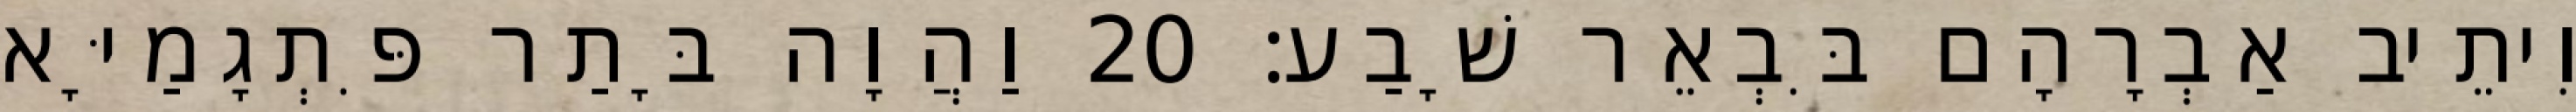
וִיתֵיב אַבְרָהָם בִּבְאֵר שָׁבַע׃ 20 וַהֲוָה בָּתַר פִּתְגָמַיָּא